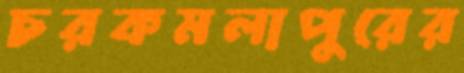
চরকমলাপুরের